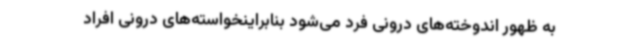
به ظهور اندوخته‌های درونی فرد می‌شود بنابراینخواسته‌های درونی افراد